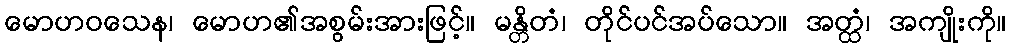
မောဟဝသေန၊ မောဟ၏အစွမ်းအားဖြင့်။ မန္တိတံ၊ တိုင်ပင်အပ်သော။ အတ္ထံ၊ အကျိုးကို။